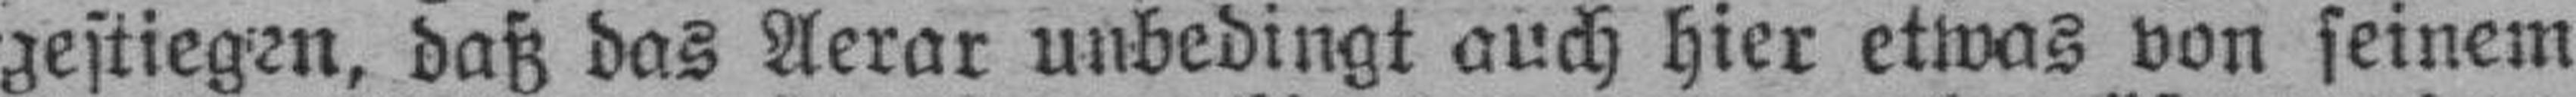
gestiegen, daß das Aerar unbedingt auch hier etwas von seinem